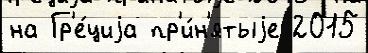
на Гр'е́циjа пр'и́н'ятыjе 2015